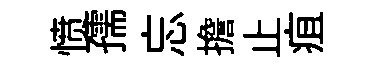
愤孺忘擔止疽